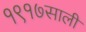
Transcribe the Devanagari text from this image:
१९१७साली